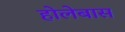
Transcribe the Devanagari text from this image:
होलेबास